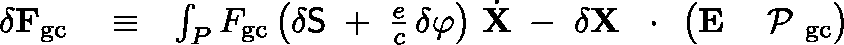
\begin{array} { r l r } { \delta { \bf F } _ { \mathrm { g c } } } & { { } \equiv } & { \int _ { P } F _ { \mathrm { g c } } \left( \delta { \sf S } \; + \; \frac { e } { c } \, \delta \varphi \right) \, \dot { \bf X } \; - \; \delta { \bf X } \, \mathrm { ~ \boldmath ~ \cdot ~ } \, \left( { \bf E } \frac { } { } \mathrm { ~ \boldmath ~ \cal ~ P ~ } _ { \mathrm { g c } } \right) } \end{array}